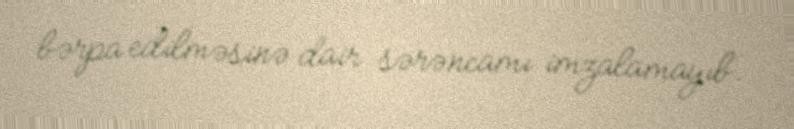
bərpa edilməsinə dair sərəncamı imzalamayıb.